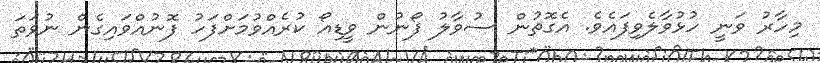
މިހާރު ވަނީ ހުޅުވާލެވިފައެވެ. އެގޮތުން ސުވާލު ފޯނުން ވީޑިއޯ ކުރެއްވުމަށްފަހު ފޮނުއްވައިގެން ނުވަތަ